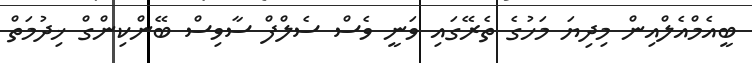
ބީއެމްއެލްއިން މިދިޔަ މަހުގެ ތެރޭގައި ވަނީ ވެސް ސެލްފް ސާވިސް ބޭންކިންގް ޚިދުމަތް